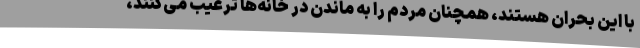
با این بحران هستند، همچنان مردم را به ماندن در خانه‌ها ترغیب می‌کنند،